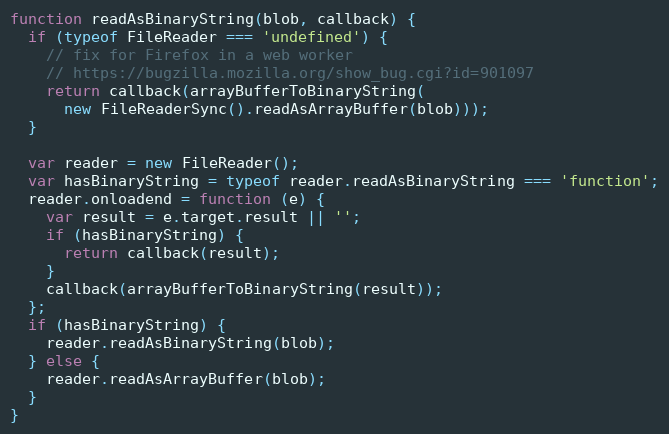
Language: JavaScript
function readAsBinaryString(blob, callback) {
  if (typeof FileReader === 'undefined') {
    // fix for Firefox in a web worker
    // https://bugzilla.mozilla.org/show_bug.cgi?id=901097
    return callback(arrayBufferToBinaryString(
      new FileReaderSync().readAsArrayBuffer(blob)));
  }

  var reader = new FileReader();
  var hasBinaryString = typeof reader.readAsBinaryString === 'function';
  reader.onloadend = function (e) {
    var result = e.target.result || '';
    if (hasBinaryString) {
      return callback(result);
    }
    callback(arrayBufferToBinaryString(result));
  };
  if (hasBinaryString) {
    reader.readAsBinaryString(blob);
  } else {
    reader.readAsArrayBuffer(blob);
  }
}